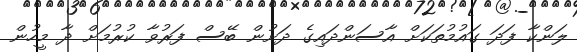
ލަންކާ ފަދަ ގައުމުތަކަށް އާސަންދައިގެ ދަށުން ބޭސް ފަރުވާ ކުރުމަށް ދާ މީހުން